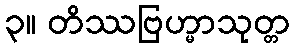
၃။ တိဿဗြဟ္မာသုတ္တ